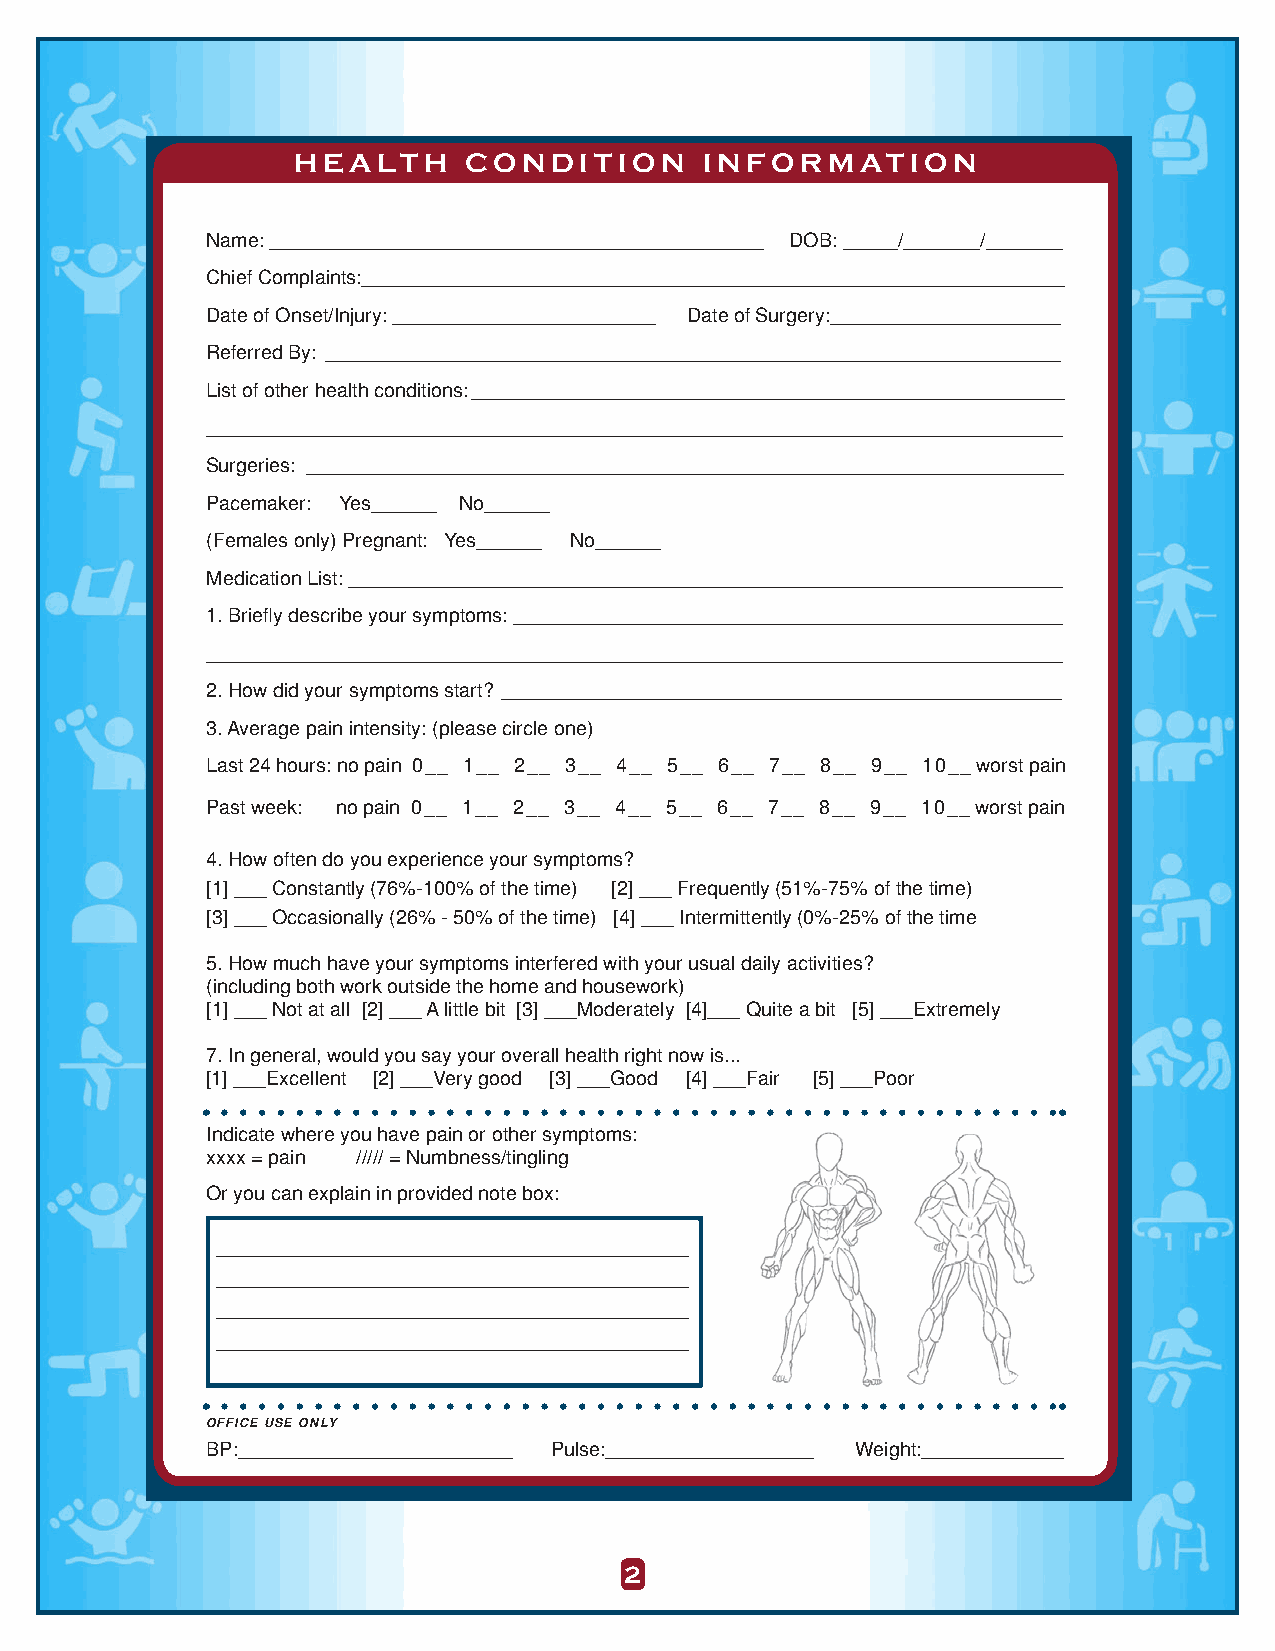
HEALTH      CONDITION       INFORMATION
 Name: _____________________________________________ DOB: _____/_______/_______
 Chief Complaints:________________________________________________________________
 Date of Onset/Injury: ________________________ Date of Surgery:_____________________
 Referred By: ___________________________________________________________________
 List of other health conditions: ______________________________________________________
 ______________________________________________________________________________
 Surgeries: _____________________________________________________________________
 Pacemaker: Yes______ No______
 (Females only) Pregnant: Yes______ No______
 Medication List: _________________________________________________________________
 1.Briefly describe your symptoms: __________________________________________________
 ______________________________________________________________________________
 2.How did your symptoms start? ___________________________________________________
 3.Average pain intensity: (please circle one)
 Last 24 hours: no pain 0__ 1__ 2__ 3__ 4__ 5__ 6__ 7__ 8__ 9__ 10__ worst pain
 Past week: no pain 0__ 1__ 2__ 3__ 4__ 5__ 6__ 7__ 8__ 9__ 10__ worst pain
 4.How often do you experience your symptoms?
 [1]___ Constantly (76%-100% of the time) [2]___ Frequently (51%-75% of the time)
 [3]___ Occasionally (26% - 50% of the time) [4] ___ Intermittently (0%-25% of the time
 5.How much have your symptoms interfered with your usual daily activities?
 (including both work outside the home and housework)
 [1]___ Not at all [2] ___ A little bit [3] ___Moderately [4]___ Quite a bit [5] ___Extremely
 7.In general, would you say your overall health right now is...
 [1]___Excellent [2] ___Very good [3] ___Good [4] ___Fair [5]___Poor
 Indicate where you have pain or other symptoms:
 xxxx = pain ///// = Numbness/tingling
 Or you can explain in provided note box:
 ___________________________________________
 ___________________________________________
 ___________________________________________
 ___________________________________________
 OFFICE USE ONLY
 BP:_________________________ Pulse:___________________ Weight:_____________
 22222